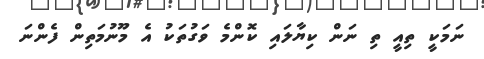
ނަމަކީ ތިއީ ތި ނަން ކިޔާލައި ކޮންމެ ވަގުތަކު އެ މޫނުމަތިން ފެންނަ